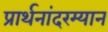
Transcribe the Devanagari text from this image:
प्रार्थनांदरम्यान